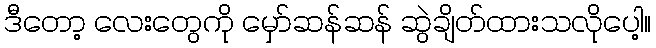
ဒီတော့ လေးတွေကို မှော်ဆန်ဆန် ဆွဲချိတ်ထားသလိုပေါ့။